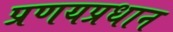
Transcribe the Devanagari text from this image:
प्रणयप्रधान